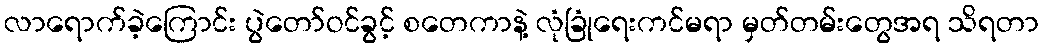
လာရောက်ခဲ့ကြောင်း ပွဲတော်ဝင်ခွင့် စတေကာနဲ့ လုံခြုံရေးကင်မရာ မှတ်တမ်းတွေအရ သိရတာ